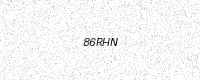
Text: 86RHN